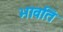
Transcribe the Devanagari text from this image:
भावति